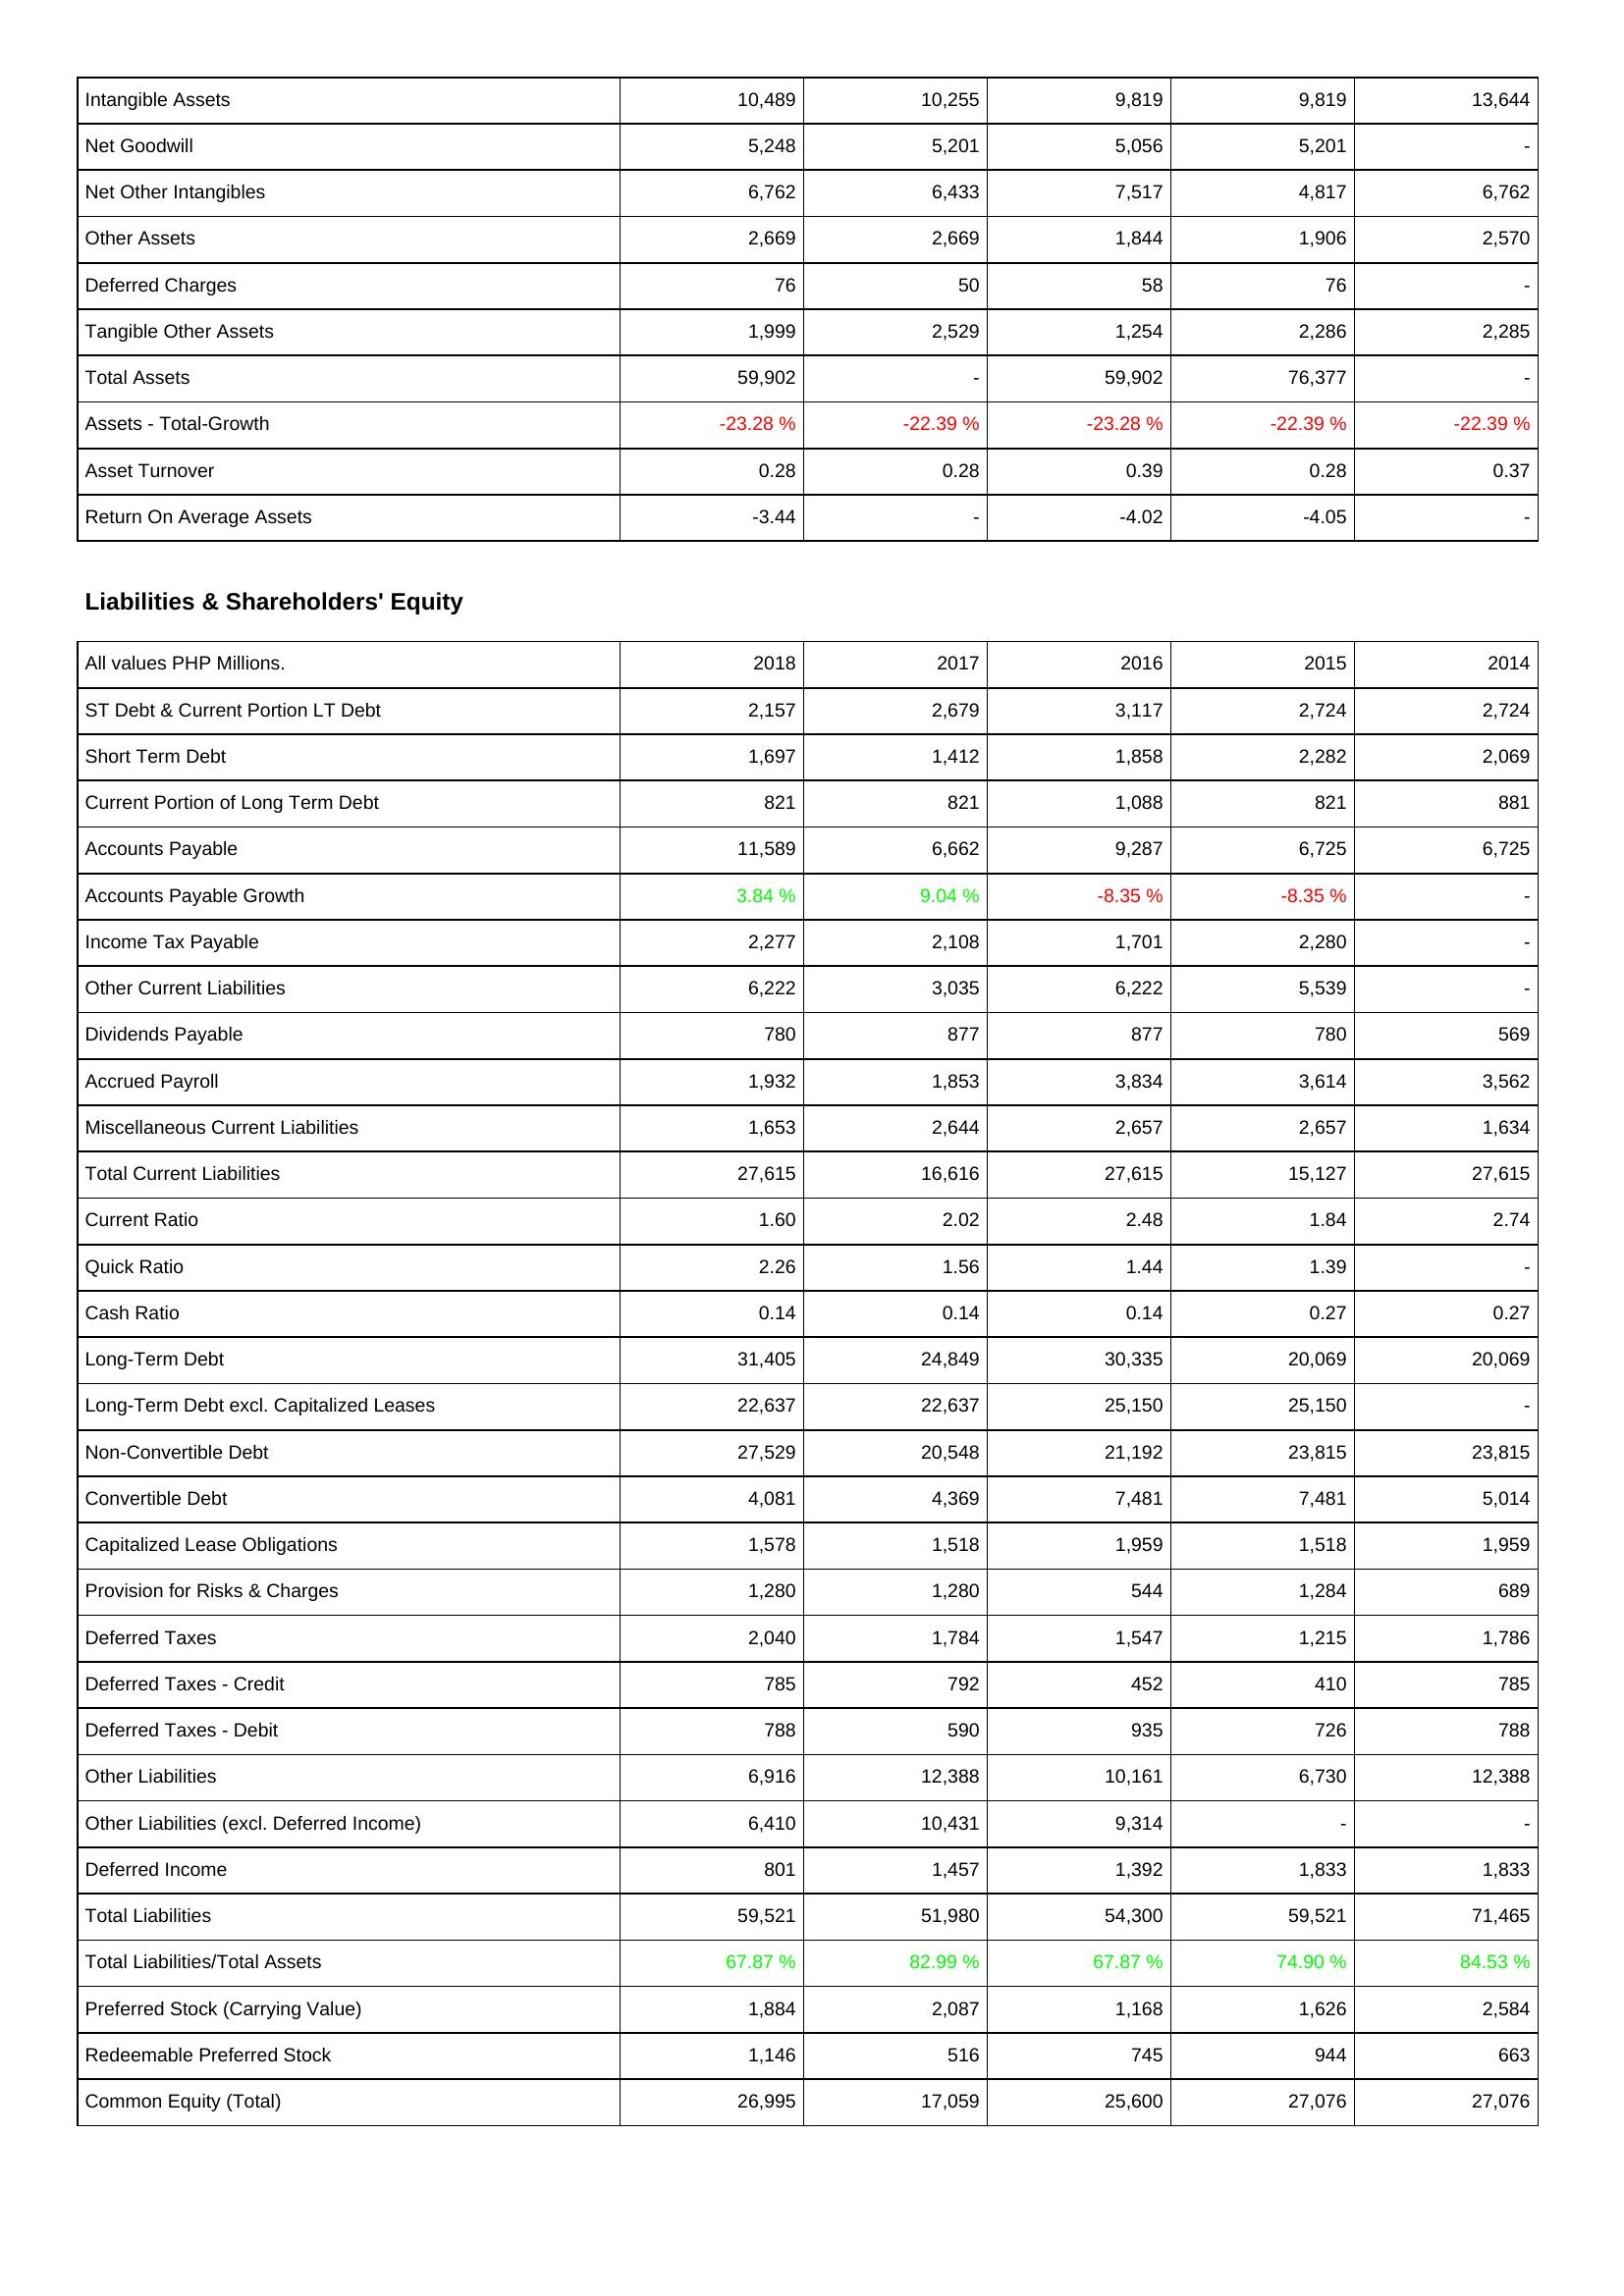
2018: Assets: Intangible Assets: 10,489
Net Goodwill: 5,248
Net Other Intangibles: 6,762
Other Assets: 2,669
Deferred Charges: 76
Tangible Other Assets: 1,999
Total Assets: 59,902
Assets - Total-Growth: -23.28 %
Asset Turnover: 0.28
Return On Average Assets: -3.44
Liabilities & Shareholders' Equity: ST Debt & Current Portion LT Debt: 2,157
Short Term Debt: 1,697
Current Portion of Long Term Debt: 821
Accounts Payable: 11,589
Accounts Payable Growth: 3.84 %
Income Tax Payable: 2,277
Other Current Liabilities: 6,222
Dividends Payable: 780
Accrued Payroll: 1,932
Miscellaneous Current Liabilities: 1,653
Total Current Liabilities: 27,615
Current Ratio: 1.60
Quick Ratio: 2.26
Cash Ratio: 0.14
Long-Term Debt: 31,405
Long-Term Debt excl. Capitalized Leases: 22,637
Non-Convertible Debt: 27,529
Convertible Debt: 4,081
Capitalized Lease Obligations: 1,578
Provision for Risks & Charges: 1,280
Deferred Taxes: 2,040
Deferred Taxes - Credit: 785
Deferred Taxes - Debit: 788
Other Liabilities: 6,916
Other Liabilities (excl. Deferred Income): 6,410
Deferred Income: 801
Total Liabilities: 59,521
Total Liabilities/Total Assets: 67.87 %
Preferred Stock (Carrying Value): 1,884
Redeemable Preferred Stock: 1,146
Common Equity (Total): 26,995
2017: Assets: Intangible Assets: 10,255
Net Goodwill: 5,201
Net Other Intangibles: 6,433
Other Assets: 2,669
Deferred Charges: 50
Tangible Other Assets: 2,529
Total Assets: -
Assets - Total-Growth: -22.39 %
Asset Turnover: 0.28
Return On Average Assets: -
Liabilities & Shareholders' Equity: ST Debt & Current Portion LT Debt: 2,679
Short Term Debt: 1,412
Current Portion of Long Term Debt: 821
Accounts Payable: 6,662
Accounts Payable Growth: 9.04 %
Income Tax Payable: 2,108
Other Current Liabilities: 3,035
Dividends Payable: 877
Accrued Payroll: 1,853
Miscellaneous Current Liabilities: 2,644
Total Current Liabilities: 16,616
Current Ratio: 2.02
Quick Ratio: 1.56
Cash Ratio: 0.14
Long-Term Debt: 24,849
Long-Term Debt excl. Capitalized Leases: 22,637
Non-Convertible Debt: 20,548
Convertible Debt: 4,369
Capitalized Lease Obligations: 1,518
Provision for Risks & Charges: 1,280
Deferred Taxes: 1,784
Deferred Taxes - Credit: 792
Deferred Taxes - Debit: 590
Other Liabilities: 12,388
Other Liabilities (excl. Deferred Income): 10,431
Deferred Income: 1,457
Total Liabilities: 51,980
Total Liabilities/Total Assets: 82.99 %
Preferred Stock (Carrying Value): 2,087
Redeemable Preferred Stock: 516
Common Equity (Total): 17,059
2016: Assets: Intangible Assets: 9,819
Net Goodwill: 5,056
Net Other Intangibles: 7,517
Other Assets: 1,844
Deferred Charges: 58
Tangible Other Assets: 1,254
Total Assets: 59,902
Assets - Total-Growth: -23.28 %
Asset Turnover: 0.39
Return On Average Assets: -4.02
Liabilities & Shareholders' Equity: ST Debt & Current Portion LT Debt: 3,117
Short Term Debt: 1,858
Current Portion of Long Term Debt: 1,088
Accounts Payable: 9,287
Accounts Payable Growth: -8.35 %
Income Tax Payable: 1,701
Other Current Liabilities: 6,222
Dividends Payable: 877
Accrued Payroll: 3,834
Miscellaneous Current Liabilities: 2,657
Total Current Liabilities: 27,615
Current Ratio: 2.48
Quick Ratio: 1.44
Cash Ratio: 0.14
Long-Term Debt: 30,335
Long-Term Debt excl. Capitalized Leases: 25,150
Non-Convertible Debt: 21,192
Convertible Debt: 7,481
Capitalized Lease Obligations: 1,959
Provision for Risks & Charges: 544
Deferred Taxes: 1,547
Deferred Taxes - Credit: 452
Deferred Taxes - Debit: 935
Other Liabilities: 10,161
Other Liabilities (excl. Deferred Income): 9,314
Deferred Income: 1,392
Total Liabilities: 54,300
Total Liabilities/Total Assets: 67.87 %
Preferred Stock (Carrying Value): 1,168
Redeemable Preferred Stock: 745
Common Equity (Total): 25,600
2015: Assets: Intangible Assets: 9,819
Net Goodwill: 5,201
Net Other Intangibles: 4,817
Other Assets: 1,906
Deferred Charges: 76
Tangible Other Assets: 2,286
Total Assets: 76,377
Assets - Total-Growth: -22.39 %
Asset Turnover: 0.28
Return On Average Assets: -4.05
Liabilities & Shareholders' Equity: ST Debt & Current Portion LT Debt: 2,724
Short Term Debt: 2,282
Current Portion of Long Term Debt: 821
Accounts Payable: 6,725
Accounts Payable Growth: -8.35 %
Income Tax Payable: 2,280
Other Current Liabilities: 5,539
Dividends Payable: 780
Accrued Payroll: 3,614
Miscellaneous Current Liabilities: 2,657
Total Current Liabilities: 15,127
Current Ratio: 1.84
Quick Ratio: 1.39
Cash Ratio: 0.27
Long-Term Debt: 20,069
Long-Term Debt excl. Capitalized Leases: 25,150
Non-Convertible Debt: 23,815
Convertible Debt: 7,481
Capitalized Lease Obligations: 1,518
Provision for Risks & Charges: 1,284
Deferred Taxes: 1,215
Deferred Taxes - Credit: 410
Deferred Taxes - Debit: 726
Other Liabilities: 6,730
Other Liabilities (excl. Deferred Income): -
Deferred Income: 1,833
Total Liabilities: 59,521
Total Liabilities/Total Assets: 74.90 %
Preferred Stock (Carrying Value): 1,626
Redeemable Preferred Stock: 944
Common Equity (Total): 27,076
2014: Assets: Intangible Assets: 13,644
Net Goodwill: -
Net Other Intangibles: 6,762
Other Assets: 2,570
Deferred Charges: -
Tangible Other Assets: 2,285
Total Assets: -
Assets - Total-Growth: -22.39 %
Asset Turnover: 0.37
Return On Average Assets: -
Liabilities & Shareholders' Equity: ST Debt & Current Portion LT Debt: 2,724
Short Term Debt: 2,069
Current Portion of Long Term Debt: 881
Accounts Payable: 6,725
Accounts Payable Growth: -
Income Tax Payable: -
Other Current Liabilities: -
Dividends Payable: 569
Accrued Payroll: 3,562
Miscellaneous Current Liabilities: 1,634
Total Current Liabilities: 27,615
Current Ratio: 2.74
Quick Ratio: -
Cash Ratio: 0.27
Long-Term Debt: 20,069
Long-Term Debt excl. Capitalized Leases: -
Non-Convertible Debt: 23,815
Convertible Debt: 5,014
Capitalized Lease Obligations: 1,959
Provision for Risks & Charges: 689
Deferred Taxes: 1,786
Deferred Taxes - Credit: 785
Deferred Taxes - Debit: 788
Other Liabilities: 12,388
Other Liabilities (excl. Deferred Income): -
Deferred Income: 1,833
Total Liabilities: 71,465
Total Liabilities/Total Assets: 84.53 %
Preferred Stock (Carrying Value): 2,584
Redeemable Preferred Stock: 663
Common Equity (Total): 27,076